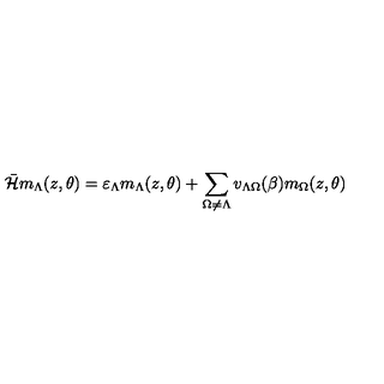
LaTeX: \bar { \cal { H } } m _ { \Lambda } ( z , \theta ) = \varepsilon _ { \Lambda } m _ { \Lambda } ( z , \theta ) + \sum _ { \Omega \neq \Lambda } v _ { \Lambda \Omega } ( \beta ) m _ { \Omega } ( z , \theta )